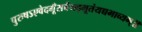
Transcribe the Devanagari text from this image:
पुरुषऽएवेदगूँसर्वंयद्भूतंयच्चभाव्यम्॥